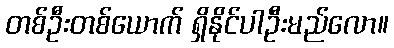
တစ်ဦးတစ်ယောက် ရှိနိုင်ပါဦးမည်လော။